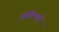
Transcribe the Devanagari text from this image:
श्रीविष्णूंने